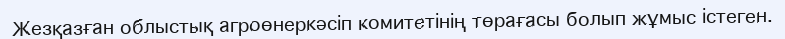
Жезқазған облыстық агроөнеркәсіп комитетінің төрағасы болып жұмыс істеген.